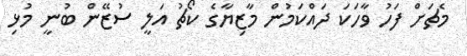
މެޗަށް ފަހު ވާހަކަ ދައްކަމުން މާޒިޔާގެ ކޯޗު އަލީ ސުޒޭން ބުނީ މުޅި